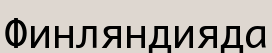
Финляндияда